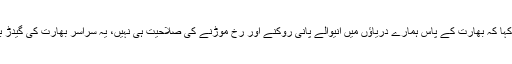
انہوں نے کہا کہ بھارت کے پاس ہمارے دریاؤں میں آنیوالے پانی روکنے اور رخ موڑنے کی صلاحیت ہی نہیں، یہ سراسر بھارت کی گیدڑ بھبکی ہے۔